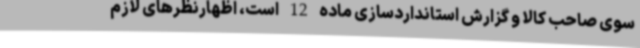
سوی صاحب کالا و گزارش استانداردسازی ماده 12 است، اظهارنظرهای لازم